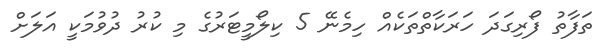
ތަފާތު ފޯރިގަދަ ހަރަކާތްތަކެއް ހިމެނޭ 5 ކިލޯމީޓަރުގެ މި ކުރު ދުވުމަކީ އަލަށް